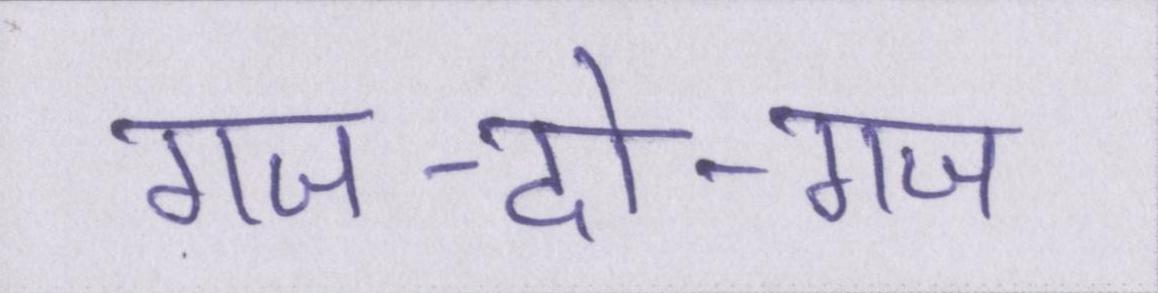
गज-दो-गज